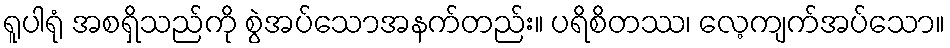
ရူပါရုံ အစရှိသည်ကို စွဲအပ်သောအနက်တည်း။ ပရိစိတဿ၊ လေ့ကျက်အပ်သော။